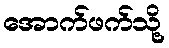
အောက်ဖက်သို့